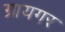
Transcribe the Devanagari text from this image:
ग्रायगर